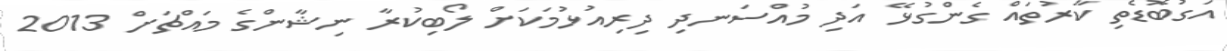
އަގުބޮޑެތި ކާރުތައް ގެންގުޅޭ އަދި މުއްސަނދި ދިރިއުޅުމަކަށް ލޯބިކުރާ ނިޝާންގެ މައްޗަށް 2013